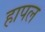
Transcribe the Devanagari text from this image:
हापल